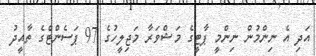
އަދި އެ ނިންމުން ނިންމީ ޕާޓީގެ މަޝްވަރާ މަޖިލީހުގެ 97 ޕަސެންޓްގެ ތާއީދު